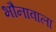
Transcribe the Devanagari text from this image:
भौनावाला